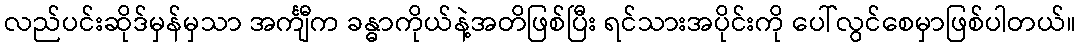
လည်ပင်းဆိုဒ်မှန်မှသာ အင်္ကျီက ခန္ဓာကိုယ်နဲ့အတိဖြစ်ပြီး ရင်သားအပိုင်းကို ပေါ်လွင်စေမှာဖြစ်ပါတယ်။